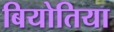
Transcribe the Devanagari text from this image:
बियोतिया